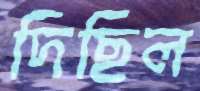
দিছিল